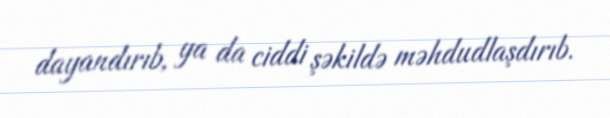
dayandırıb, ya da ciddi şəkildə məhdudlaşdırıb.